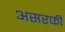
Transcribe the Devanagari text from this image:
असरफी